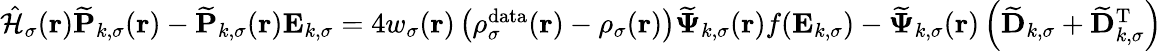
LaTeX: \begin{array}{r}{\hat{\mathcal{{H}}}_{\sigma}(\boldsymbol{\textbf{r}})\mathbf{\widetilde{P}}_{k,\sigma}(\boldsymbol{\textbf{r}})-\mathbf{\widetilde{P}}_{k,\sigma}(\boldsymbol{\textbf{r}})\mathbf{E}_{k,\sigma}=4w_{\sigma}(\boldsymbol{\textbf{r}})\left(\rho_{\sigma}^{\mathrm{data}}(\boldsymbol{\textbf{r}})-\rho_{\sigma}(\boldsymbol{\textbf{r}})\right)\boldsymbol{\widetilde{\Psi}}_{k,\sigma}(\boldsymbol{\textbf{r}})f(\mathbf{E}_{k,\sigma})-\boldsymbol{\widetilde{\Psi}}_{k,\sigma}(\boldsymbol{\textbf{r}})\left(\mathbf{\widetilde{D}}_{k,\sigma}+\mathbf{\widetilde{D}}_{k,\sigma}^{\mathrm{T}}\right)\, }\end{array}